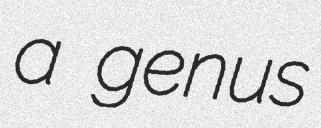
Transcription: a genus